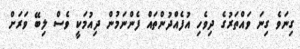
ގިނަވެ ގިނަ ވައްތަރުގެ ދިވެހި އުފެއްދުންތައް ފެންނަމުން ދިއުމަކީ ވެސް ލިބޭ ވަރަށް